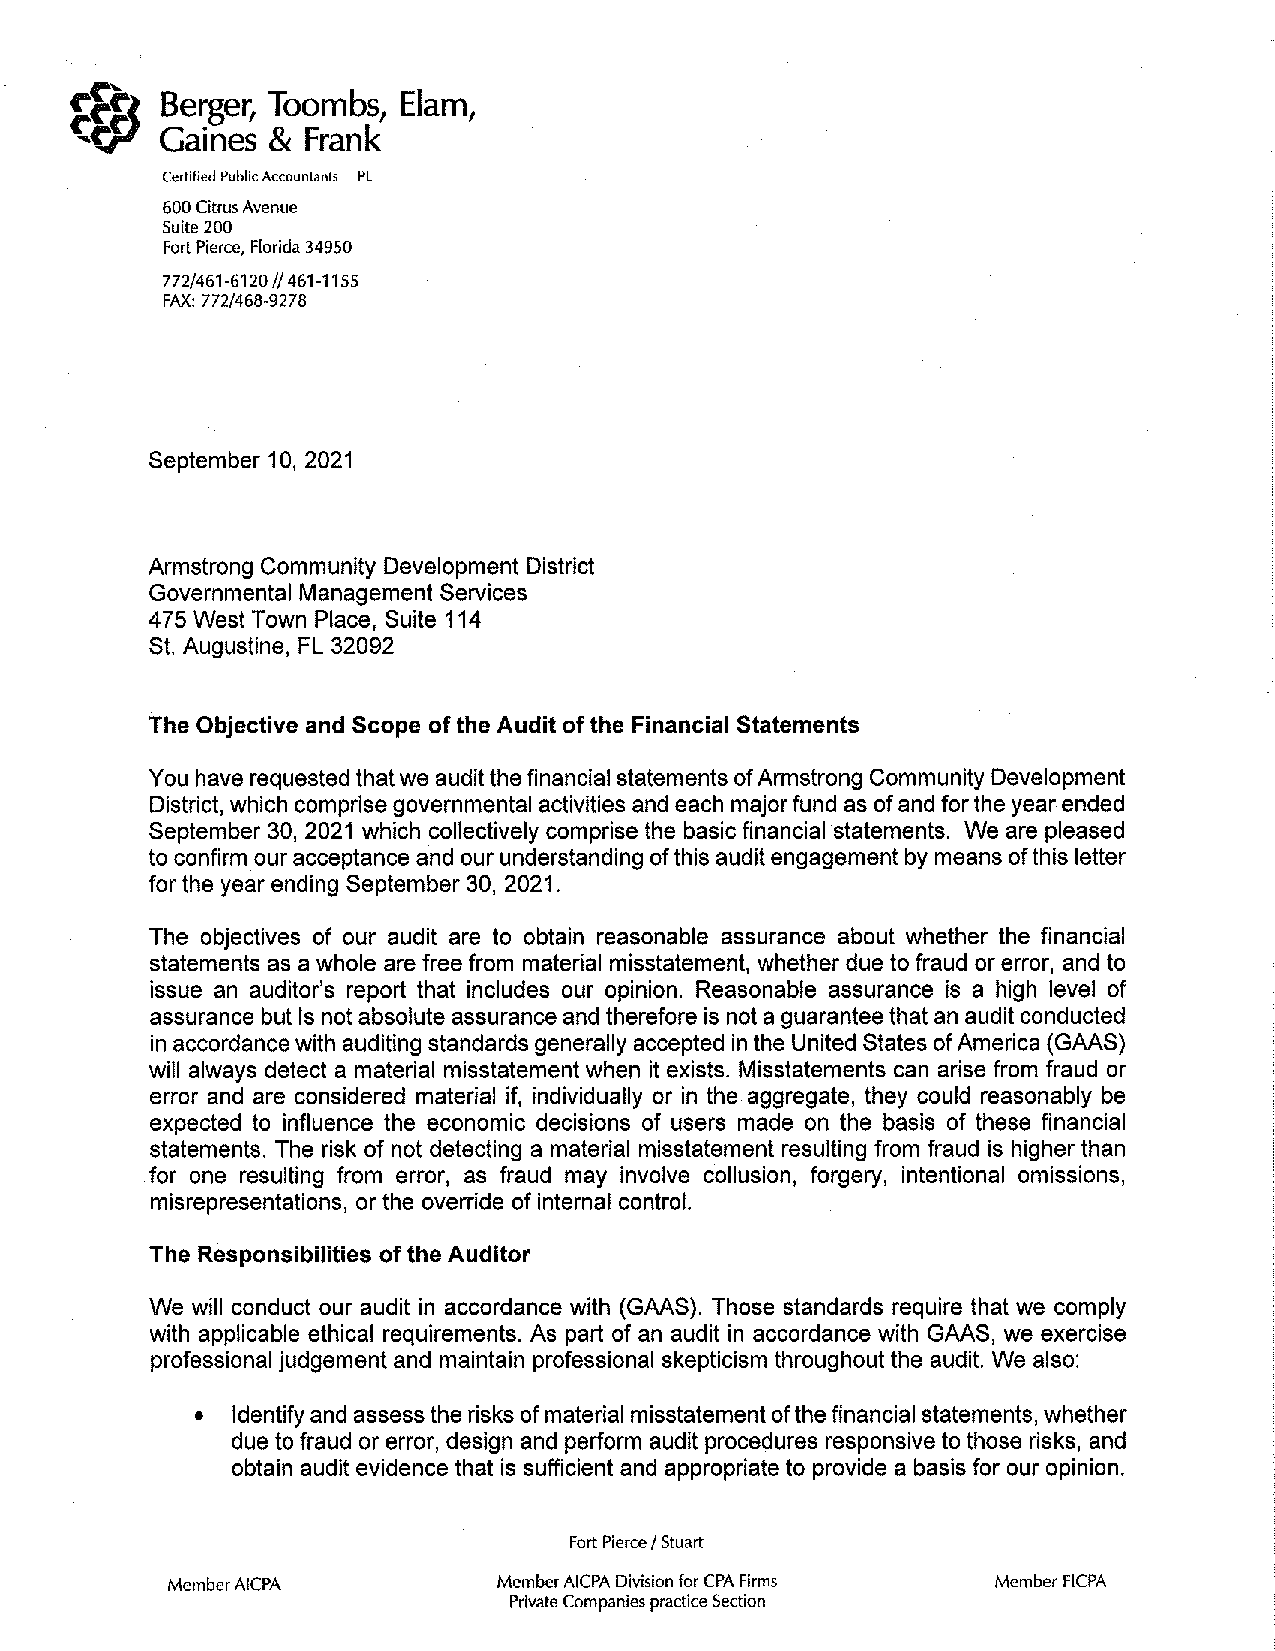
BergerT, oombs,E lam,
 Gaines&  Frank
 Certified Public Accountants PL
 600 CitrusA venue
 Suite2 00
 FortP ierce,F lorida3 4950
 7721461-6120I I 461-1155
 FAX: 7721468-9278
 September 10, 2021
 Armstrong Community Development District
 Governmental Management Services
 475 West Town Place, Suite 114
 St. Augustine, FL 32092
 The Objective and Scope of the Audit of the Financial Statements
 You have requested that we audit the financial statements of Armstrong Community Development
 District, which comprise governmental activities and each major fund as of and for the year ended
 September 30, 2021 which collectively comprise the basic financial statements. We are pleased
 to confirm our acceptance and our understanding of this audit engagement by means of this letter
 for the year ending September 30, 2021.
 The objectives of our audit are to obtain reasonable assurance about whether the financial
 statements as a whole are free from material misstatement, whether due to fraud or error, and to
 issue an auditor's report that includes our opinion. Reasonable assurance is a high level of
 assurance but Is not absolute assurance and therefore is not a guarantee that an audit conducted
 in accordance with auditing standards generally accepted in the United States of America (GAAS)
 will always detect a material misstatement when it exists. Misstatements can arise from fraud or
 error and are considered material if, individually or in the aggregate, they could reasonably be
 expected to influence the economic decisions of users made on the basis of these financial
 statements. The risk of not detecting a material misstatement resulting from fraud is higher than
 for one resulting from error, as fraud may involve collusion, forgery, intentional omissions,
 misrepresentations, or the override of internal control.
 The Responsibilities of the Auditor
 We will conduct our audit in accordance with (GAAS). Those standards require that we comply
 with applicable ethical requirements. As part of an audit in accordance with GAAS, we exercise
 professional judgement and maintain professional skepticism throughout the audit. We also:
 • Identify and assess the risks of material misstatement of the financial statements, whether
 due to fraud or error, design and perform audit procedures responsive to those risks, and
 obtain audit evidence that is sufficient and appropriate to provide a basis for our opinion.
 Fort Pierce/ Stuart
 Member AICPA          MemberA ICPAD ivisionf or CPAF irms Member FICPA
 PrivateC ompaniesp racticeS ection